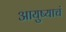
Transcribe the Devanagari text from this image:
आयुष्याचं